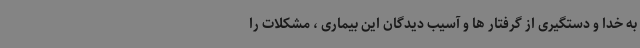
به خدا و دستگیری از گرفتار ها و آسیب دیدگان این بیماری ، مشکلات را